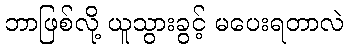
ဘာဖြစ်လို့ ယူသွားခွင့် မပေးရတာလဲ